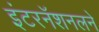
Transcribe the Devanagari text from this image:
इंटरनॅशनलने